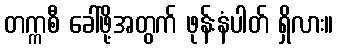
တက္ကစီ ခေါ်ဖို့အတွက် ဖုန်းနံပါတ် ရှိလား။